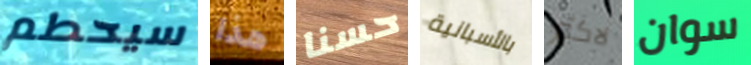
سيحطم هذا حسنا بالأسبانية لاكثر سوان